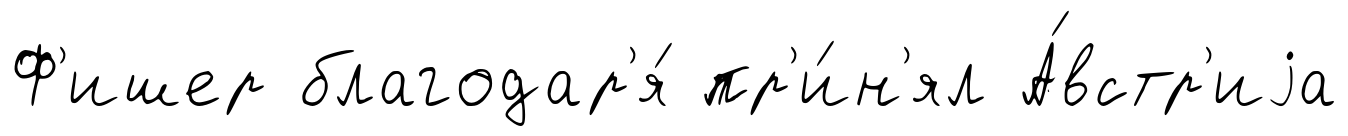
Ф'ишер благодар'я́ пр'и́н'ял А́встр'иjа